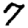
Digit: 7